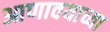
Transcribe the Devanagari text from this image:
आणावयाच्या